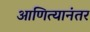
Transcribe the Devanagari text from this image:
आणित्यानंतर